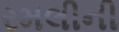
રમલીની